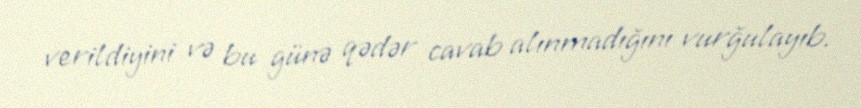
verildiyini və bu günə qədər cavab alınmadığını vurğulayıb.